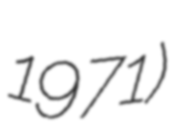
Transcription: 1971)